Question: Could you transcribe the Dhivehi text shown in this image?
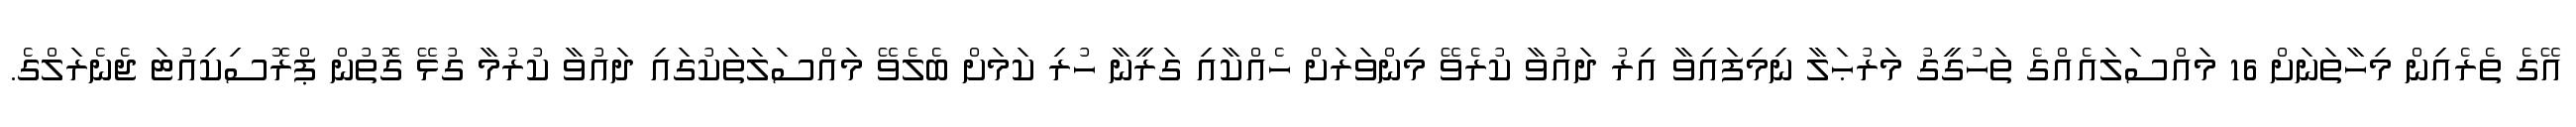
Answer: އޭގެ ތެރެއިން މިހާތަނަށް 16 މައްސަލައެއްގެ ތަހުގީގު މަރުޙަލާ ނިމިފައިވާ އިރު ދައުވާ ކުރެވޭ މިންވަރަށް ހެއްކާއި ގަރީނާ ހުރި ކަމަށް ބެލެވޭ މައްސަލަތަކުގައި ދައުވާ ކުރުމާ ގުޅޭ ގޮތުން ޕްރޮސިކިއުޓަ ޖެނެރަލްގެ.